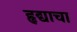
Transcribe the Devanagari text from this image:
हृद्याचा